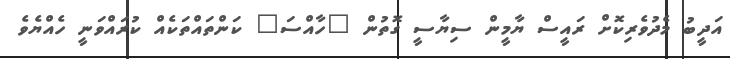
އަދީބު މެދުވެރިކޮށް ރައީސް ޔާމީން ސިޔާސީ ގޮތުން "ހާއްސަ" ކަންތައްތަކެއް ކުރައްވަނީ ހެއްޔެވެ